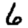
Digit: 6